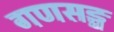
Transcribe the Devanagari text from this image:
गणसङ्घ